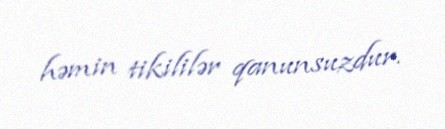
həmin tikililər qanunsuzdur.